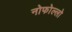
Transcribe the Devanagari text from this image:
नोफोल्लो